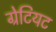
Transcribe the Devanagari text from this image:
ग्रेटियट